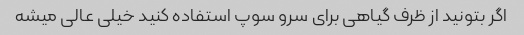
اگر بتونید از ظرف گیاهی برای سرو سوپ استفاده کنید خیلی عالی میشه